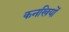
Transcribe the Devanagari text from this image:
कनखियों